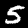
Digit: 5